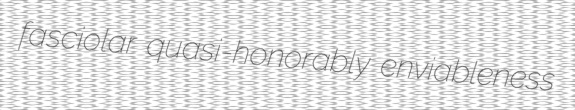
fasciolar quasi-honorably enviableness